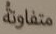
متفاوتة